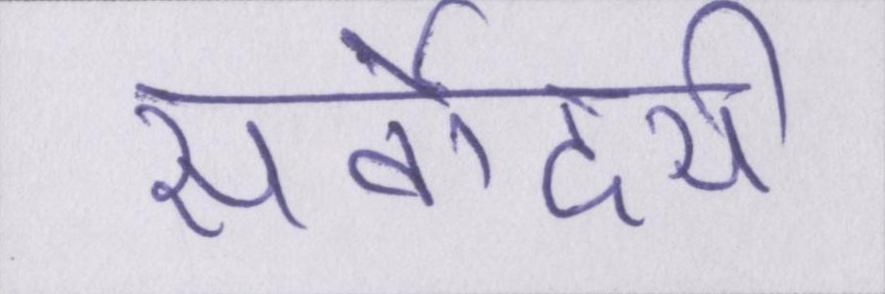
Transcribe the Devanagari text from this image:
सर्वोदयी